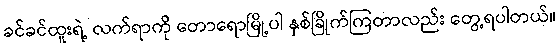
ခင်ခင်ထူးရဲ့ လက်ရာကို တောရောမြို့ပါ နှစ်ခြိုက်ကြတာလည်း တွေ့ရပါတယ်။